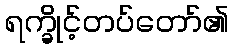
ရက္ခိုင့်တပ်တော်၏